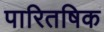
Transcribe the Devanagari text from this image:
पारितषिक